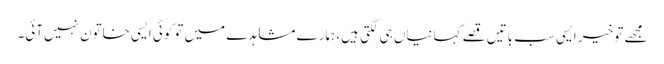
مجھے تو خیر ایسی سب باتیں قصے کہانیاں ہی لگتی ہیں، ہمارے مشاہدے میں توکوئی ایسی خاتون نہیں‌آئی۔